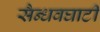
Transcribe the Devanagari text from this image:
सैन्धवघाटी